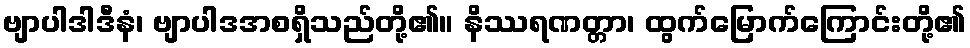
ဗျာပါဒါဒီနံ၊ ဗျာပါဒအစရှိသည်တို့၏။ နိဿရဏတ္တာ၊ ထွက်မြောက်ကြောင်းတို့၏